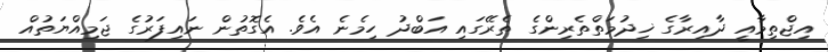
އިޖްތިމާއީ ދާއިރާގެ ޚިދުމަތްތެރިންގެ ތެރޭގައި އަބްދު ހިމެނެ އެވެ. އެގޮތުން ނައިފަރުގެ ޖަމިއްޔަތުއް